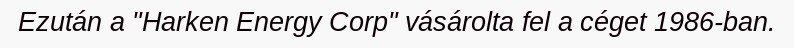
Ezután a "Harken Energy Corp" vásárolta fel a céget 1986-ban.